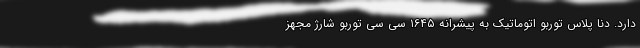
دارد. دنا پلاس توربو اتوماتیک به پیشرانه ۱۶۴۵ سی سی توربو شارژ مجهز